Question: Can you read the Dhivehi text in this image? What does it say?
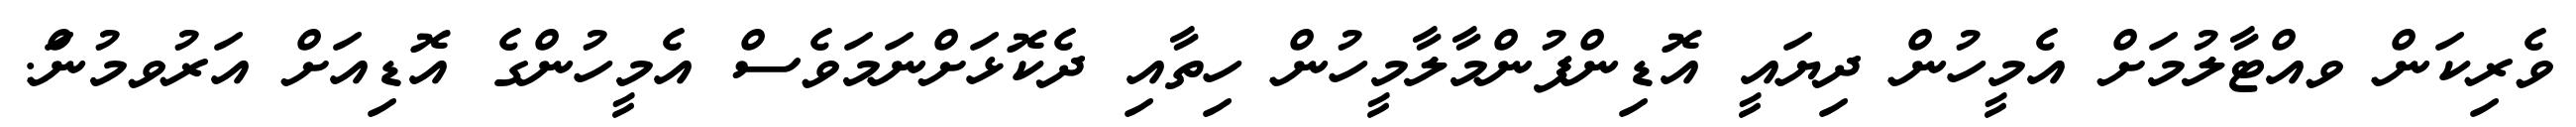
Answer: ވެރިކަން ވއްޓާލުމަށް އެމީހުން ދިޔައީ އޮޑިންފުންމާލާމީހުން ހިތާއި ދެކޮޅަށްނަމަވެސް އެމީހުންގެ އޮޑިއަށް އަރުވމުނަް.